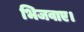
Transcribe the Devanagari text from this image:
भिजवाए।